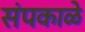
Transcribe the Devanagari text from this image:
संपकाळे